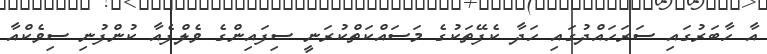
އާ ހާބަރުގައި ސަރަހައްދުގައި ހަދާ ކެފޭތަކުގެ މަސައްކަތްކުރަނީ ސިފައިންގެ ވެލްފެއާ ކުންފުނި ސިވެކްއާ